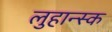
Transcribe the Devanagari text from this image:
लुहान्स्क